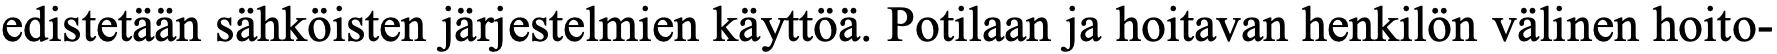
edistetään sähköisten järjestelmien käyttöä. Potilaan ja hoitavan henkilön välinen hoito-